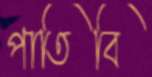
পাতিবি